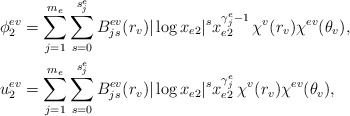
\begin{align*} \phi_2^{ev} &= \sum_{j=1}^{m_e}\sum_{s=0}^{s_j^e} B_{js}^{ev}(r_v) |\log x_{e2}|^s x_{e2}^{\gamma_j^e-1} \,\chi^v(r_v)\chi^{ev}(\theta_v), \\ u_2^{ev} &= \sum_{j=1}^{m_e}\sum_{s=0}^{s_j^e} B_{js}^{ev}(r_v) |\log x_{e2}|^s x_{e2}^{\gamma_j^e} \,\chi^v(r_v)\chi^{ev}(\theta_v),\end{align*}